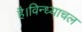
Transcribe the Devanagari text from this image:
है।विन्ध्याचल